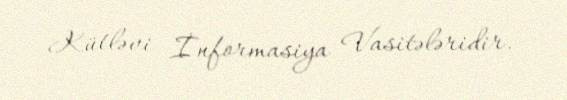
Kütləvi İnformasiya Vasitələridir.